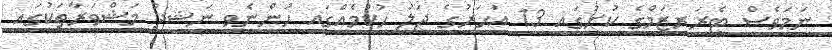
ނަމަވެސް ޓެރަރިޒަމްގެ ކުށުގައި 13 އަހަރުގެ ޖަލު ހުކުމެއްގައި ހުންނެވި ނަޝީދު މަޝްވަރާތަކުގައި